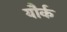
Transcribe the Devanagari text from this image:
यौर्क